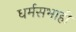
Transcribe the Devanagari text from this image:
धर्मसभाही